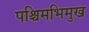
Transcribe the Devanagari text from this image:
पश्चिमभिमुख